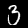
Label: 3